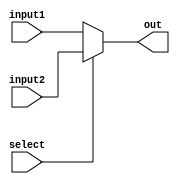
`ifndef MODULE_MUX
`define MODULE_MUX
`timescale 1ns / 1ps

module MUX(
    input       select,
    input       [31:0]  input1, input2,
    output  reg [31:0]  out
    );
    always @(select or input1 or input2) begin
        if (select == 1'b0)
            out = input1;
        else
            out = input2;
    end
endmodule
`endif